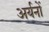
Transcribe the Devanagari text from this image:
अर्यनों